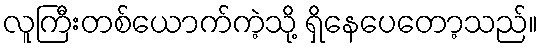
လူကြီးတစ်ယောက်ကဲ့သို့ ရှိနေပေတော့သည်။